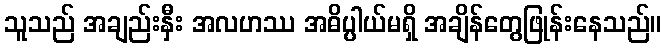
သူသည် အချည်းနှီး အလဟဿ အဓိပ္ပါယ်မရှိ အချိန်တွေဖြုန်းနေသည်။